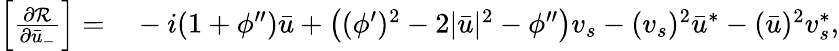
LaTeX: \begin{array}{rl}{\left[\frac{\partial{\mathcal{R}}}{\partial\bar{u}_{-}}\right]=}&{{}-i(1+\phi^{\prime\prime})\bar{u}+\left((\phi^{\prime})^{2}-2|\bar{u}|^{2}-\phi^{\prime\prime}\right)v_{s}-(v_{s})^{2}\bar{u}^{*}-(\bar{u})^{2}v_{s}^{*},}\end{array}